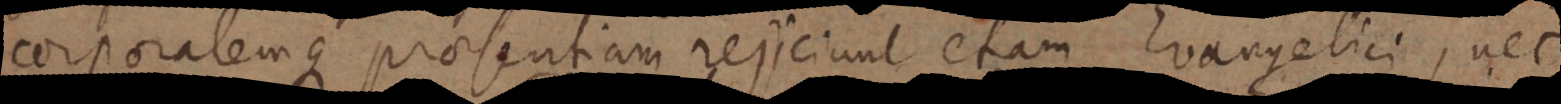
corporalemque praesentiam rejiciunt etiam Evangelici, nec